Civil Veterinary Dept. Assam report 1927-50 - 1927-1950
Year: 1927
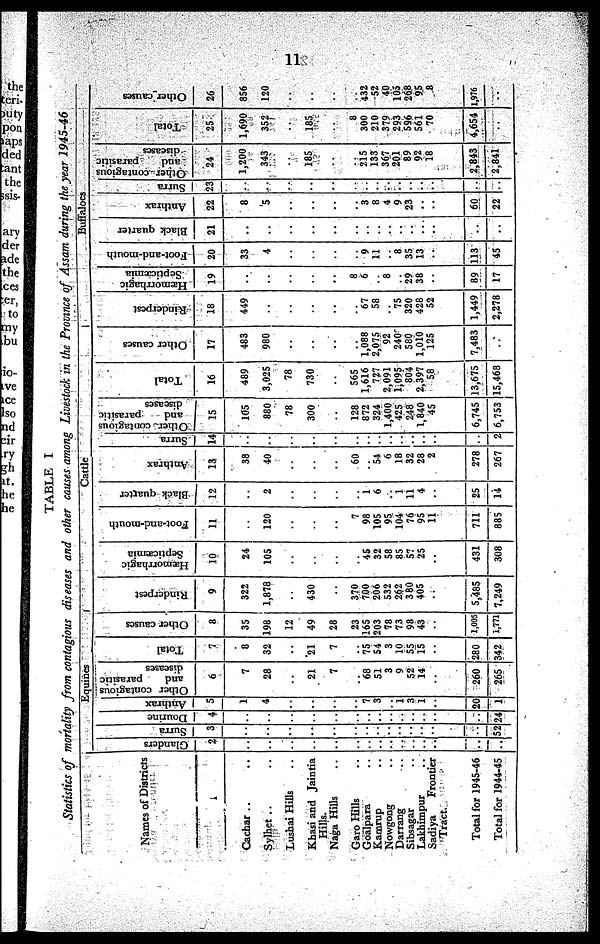
11
TABLE I
Statistics of mortality from contagious diseases and other causes among Livestock in the Province of Assam during the year
1945-46
Names of Districts
1
Cachar .. ..
Sylhet .. ..
Lushai Hills ..
Khasi and Jaintia
Hills.
Naga Hills ..
Garo Hills ..
Goalpara ..
Kamrup ..
Nowgong ..
Darrang ..
Sibsagar ..
Lakhimpur ..
Sadiya
Frontier
Tract.
Total for 1945-46
Total for 1944-45
Equines
Glanders
2
..
..
..
..
..
..
..
..
..
..
..
..
..
..
..
Surra
3
..
..
..
..
..
..
..
..
..
..
..
..
..
..
52
Dourine
4
..
..
..
..
..
..
..
..
..
..
..
..
..
..
24
Anthrax
5
1
4
..
..
..
..
7
3
..
1
3
1
..
20
1
Other contagious
and
parasitic
diseases
6
7
28
..
21
7
..
68
51
3
9
52
14
..
260
265
Total
7
8
32
..
21
7
..
75
54
3
10
55
15
..
280
342
Other causes
8
35
198
12
49
28
23
165
203
78
73
98
43
..
1,005
1,771
Cattle
Rinderpest
9
322
1,878
..
430
..
370
700
206
532
262
380
405
..
5,485
7,249
Hæmorrhagic
Septicæmia
10
24
105
..
..
..
..
45
32
58
85
57
25
..
431
308
Foot-and-mouth
11
..
120
..
..
..
7
98
105
95
104
76
95
11
711
885
Black quarter
12
..
2
..
..
..
..
1
6
..
1
11
4
..
25
14
Anthrax
13
38
40
..
..
..
60
..
54
6
18
32
28
2
278
267
Surra
14
..
..
..
..
..
..
..
..
..
..
..
..
..
..
2
Other contagious
and
parasitic
diseases
15
105
880
78
300
..
128
872
324
1,400
425
248
1,840
45
6,745
6,753
Total
16
489
3,025
78
730
..
565
1,616
727
2,091
1,095
804
2,397
58
13,675
15,468
Other causes
17
483
980
..
..
..
..
1,088
2,075
92
240
580
1,010
125
7,483
..
Buffaloes
Rinderpest
18
449
..
..
..
..
..
67
58
..
75
320
428
52
1,449
2,278
Hæmorrhagic
Septicæmia
19
..
..
..
..
..
8
6
..
8
..
29
38
..
89
17
Foot-and-mouth
20
33
4
..
..
..
..
9
11
..
8
35
13
..
113
45
Black quarter
21
..
..
..
..
..
..
..
..
..
..
..
..
..
..
..
Anthrax
22
8
5
..
..
..
..
3
8
4
9
23
..
..
60
22
Surra
23
..
..
..
..
..
..
..
..
..
..
..
..
..
..
..
Other contagious
and
parasitic
diseases
24
1,200
343
..
185
..
..
215
133
367
201
89
92
18
2,843
2,841
Total
25
1,690
352
..
185
..
8
300
210
379
293
596
561
70
4,654
..
Other causes
26
856
120
..
..
..
..
432
52
40
105
268
95
8
1,976
..